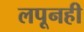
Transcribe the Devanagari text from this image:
लपूनही